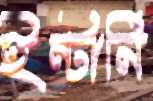
ইন্টার্নি